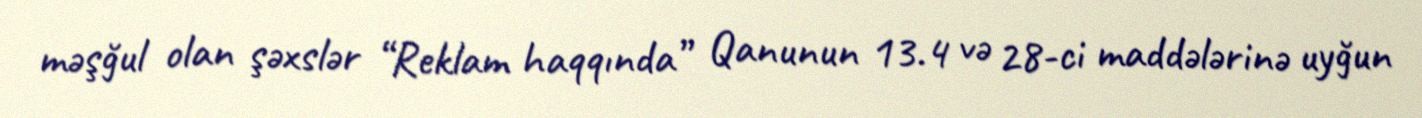
məşğul olan şəxslər “Reklam haqqında” Qanunun 13.4 və 28-ci maddələrinə uyğun